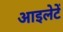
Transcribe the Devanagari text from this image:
आइलेटें